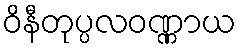
ဝိနီတုပ္ပလဝဏ္ဏာယ